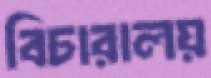
বিচারালয়